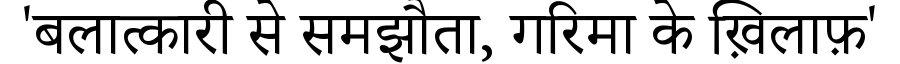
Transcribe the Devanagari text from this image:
'बलात्कारी से समझौता, गरिमा के ख़िलाफ़'